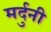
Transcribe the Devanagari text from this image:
मर्दुनी